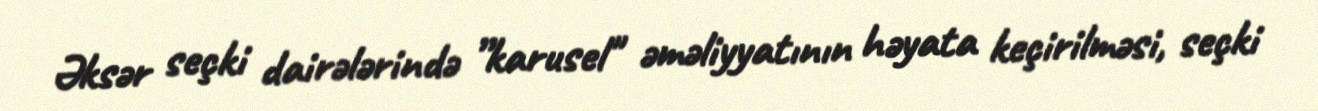
Əksər seçki dairələrində ”karusel" əməliyyatının həyata keçirilməsi, seçki